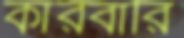
কারবারি